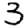
Digit: 3